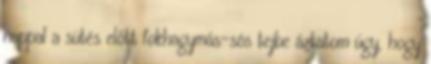
nappal a sütés előtt fokhagymás-sós tejbe áztatom úgy, hogy